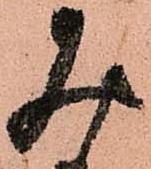
み